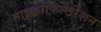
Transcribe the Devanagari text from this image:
माइक्रोफिल्टरेशन